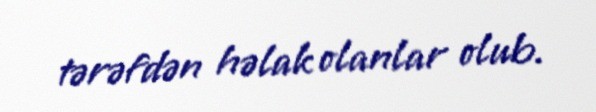
tərəfdən həlak olanlar olub.